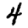
Digit: 4